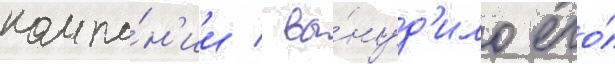
компа́н'ии / вы́нуд'ило его́